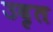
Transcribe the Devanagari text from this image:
उदृत